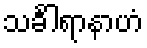
သင်္ခါရာနာဟံ